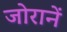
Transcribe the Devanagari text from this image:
जोरानें